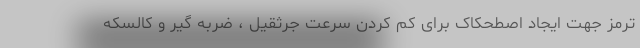
ترمز جهت ایجاد اصطحکاک برای کم کردن سرعت جرثقیل ، ضربه گیر و کالسکه